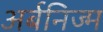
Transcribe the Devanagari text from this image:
अर्बनिज्म